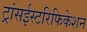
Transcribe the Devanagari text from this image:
ट्रांसईस्टरिफिकेशन